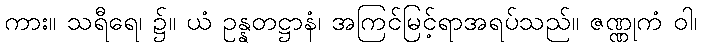
ကား။ သရီရေ၊ ၌။ ယံ ဥန္နတဋ္ဌာနံ၊ အကြင်မြင့်ရာအရပ်သည်။ ဇဏ္ဏုကံ ဝါ၊